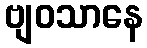
ဗျဝသာနေ